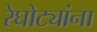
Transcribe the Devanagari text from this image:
रेघोट्यांना